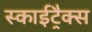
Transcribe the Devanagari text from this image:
स्काईट्रैक्स